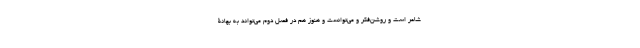
شاعر است و روشن‌فکر و می‌توانست و هنوز هم در فصل دوم می‌تواند به بهانۀ